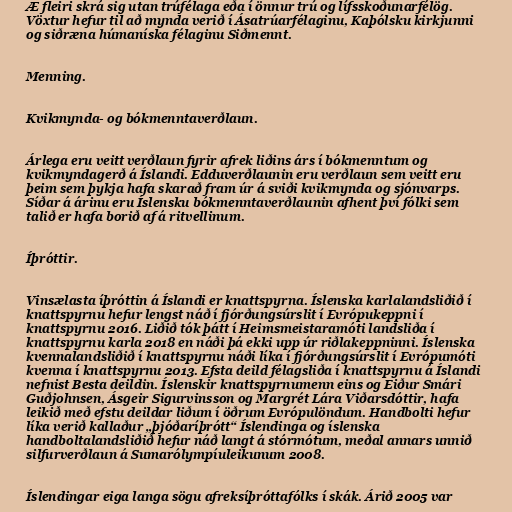
Æ fleiri skrá sig utan trúfélaga eða í önnur trú og lífsskoðunarfélög.
Vöxtur hefur til að mynda verið í Ásatrúarfélaginu, Kaþólsku kirkjunni
og siðræna húmaníska félaginu Siðmennt.

Menning.

Kvikmynda- og bókmenntaverðlaun.

Árlega eru veitt verðlaun fyrir afrek liðins árs í bókmenntum og
kvikmyndagerð á Íslandi. Edduverðlaunin eru verðlaun sem veitt eru
þeim sem þykja hafa skarað fram úr á sviði kvikmynda og sjónvarps.
Síðar á árinu eru Íslensku bókmenntaverðlaunin afhent því fólki sem
talið er hafa borið af á ritvellinum.

Íþróttir.

Vinsælasta íþróttin á Íslandi er knattspyrna. Íslenska karlalandsliðið í
knattspyrnu hefur lengst náð í fjórðungsúrslit í Evrópukeppni í
knattspyrnu 2016. Liðið tók þátt í Heimsmeistaramóti landsliða í
knattspyrnu karla 2018 en náði þá ekki upp úr riðlakeppninni. Íslenska
kvennalandsliðið í knattspyrnu náði líka í fjórðungsúrslit í Evrópumóti
kvenna í knattspyrnu 2013. Efsta deild félagsliða í knattspyrnu á Íslandi
nefnist Besta deildin. Íslenskir knattspyrnumenn eins og Eiður Smári
Guðjohnsen, Ásgeir Sigurvinsson og Margrét Lára Viðarsdóttir, hafa
leikið með efstu deildar liðum í öðrum Evrópulöndum. Handbolti hefur
líka verið kallaður „þjóðaríþrótt“ Íslendinga og íslenska
handboltalandsliðið hefur náð langt á stórmótum, meðal annars unnið
silfurverðlaun á Sumarólympíuleikunum 2008.

Íslendingar eiga langa sögu afreksíþróttafólks í skák. Árið 2005 var